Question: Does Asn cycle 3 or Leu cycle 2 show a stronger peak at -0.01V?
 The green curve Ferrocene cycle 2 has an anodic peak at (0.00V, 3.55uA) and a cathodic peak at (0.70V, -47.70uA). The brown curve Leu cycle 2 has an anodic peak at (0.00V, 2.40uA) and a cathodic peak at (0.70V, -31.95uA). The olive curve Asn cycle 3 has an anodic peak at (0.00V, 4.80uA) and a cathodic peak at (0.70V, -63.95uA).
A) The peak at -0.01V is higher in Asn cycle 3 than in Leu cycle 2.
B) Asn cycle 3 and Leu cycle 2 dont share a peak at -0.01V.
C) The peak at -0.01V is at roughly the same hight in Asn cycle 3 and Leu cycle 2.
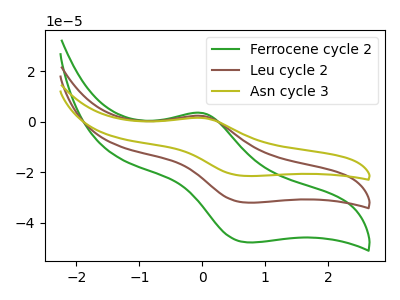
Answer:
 <answer>A) The peak at -0.01V is higher in "Asn cycle 3" than in "Leu cycle 2".</answer>
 <eval>A</eval>